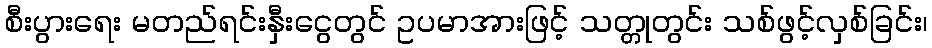
စီးပွားရေး မတည်ရင်းနှီးငွေတွင် ဥပမာအားဖြင့် သတ္တုတွင်း သစ်ဖွင့်လှစ်ခြင်း၊